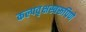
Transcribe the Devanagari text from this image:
कल्पवृक्षस्वरूपिणे